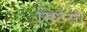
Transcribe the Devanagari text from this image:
सिटैसी